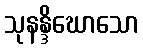
သုနန္ဒိဃောသော